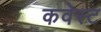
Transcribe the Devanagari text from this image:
कवेस्ट